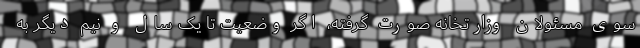
سوی مسئولان وزارتخانه صورت گرفته، اگر وضعیت تا یک سال و نیم دیگر به